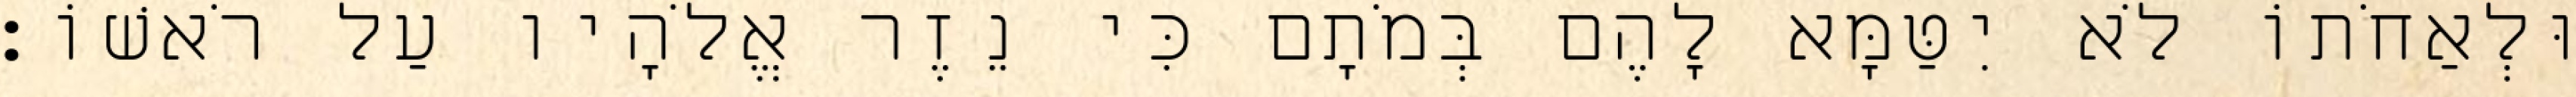
וּלְאַחֹתוֹ לֹא יִטַּמָּא לָהֶם בְּמֹתָם כִּי נֵזֶר אֱלֹהָיו עַל רֹאשׁוֹ׃